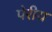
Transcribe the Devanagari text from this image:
पेरीय